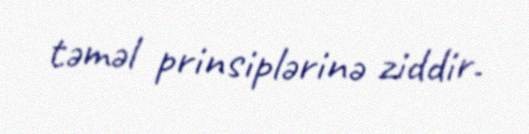
təməl prinsiplərinə ziddir.